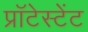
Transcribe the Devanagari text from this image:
प्रॉटेस्टेंट